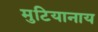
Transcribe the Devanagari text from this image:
मुटियानाय